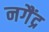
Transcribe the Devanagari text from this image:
नगैंद्र